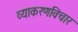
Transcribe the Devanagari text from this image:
व्याकरणविचार